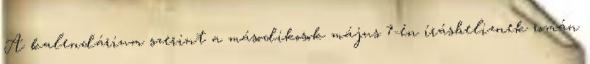
A kalendárium szerint a másodikosok május 7-én írásbeliznek román